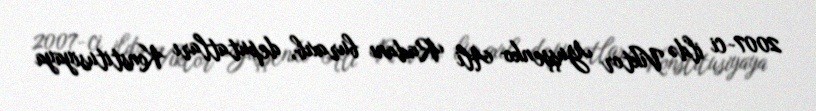
2007-ci ildə Viktor Yuşşenko Ali Radanı buraxıb, deputatları Konstitusiyaya